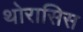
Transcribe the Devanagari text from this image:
थोरासिस